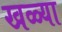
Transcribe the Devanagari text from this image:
खळ्या